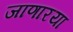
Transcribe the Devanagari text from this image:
जाणाऱया